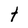
Character: t